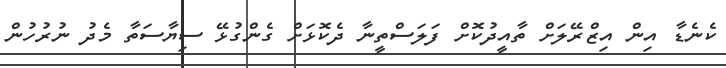
ކެނެޑާ އިން އިޒްރޭލަށް ތާއީދުކޮށް ފަލަސްތީނާ ދެކޮޅަށް ގެންގުޅޭ ސިޔާސަތާ މެދު ނުރުހުން